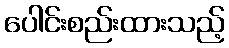
ပေါင်းစည်းထားသည့်